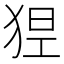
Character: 𤞾